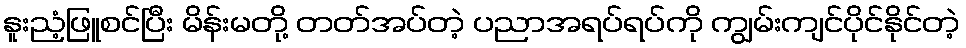
နူးညံ့ဖြူစင်ပြီး မိန်းမတို့ တတ်အပ်တဲ့ ပညာအရပ်ရပ်ကို ကျွမ်းကျင်ပိုင်နိုင်တဲ့